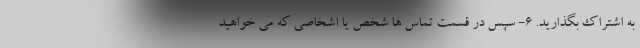
به اشتراک بگذارید. ۶- سپس در قسمت تماس ها شخص یا اشخاصی که می خواهید